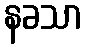
နခသာ